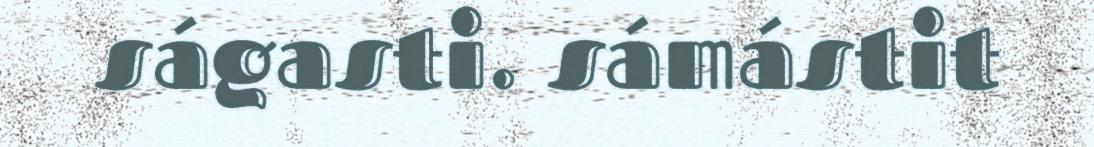
ságasti. sámástit